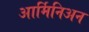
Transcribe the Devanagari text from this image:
आर्मिनिअन